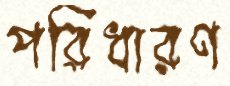
পরিধারণ